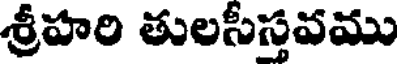
శ్రీహరి తులసీస్తవము